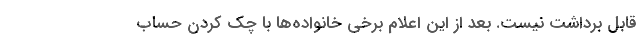
قابل برداشت نیست. بعد از این اعلام برخی خانواده‌ها با چک کردن حساب